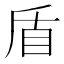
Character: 盾